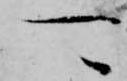
可